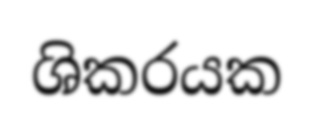
ශිකරයක